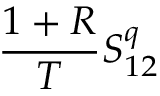
\frac { 1 + R } { T } S _ { 1 2 } ^ { q }